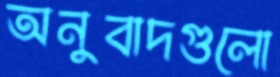
অনুবাদগুলো